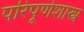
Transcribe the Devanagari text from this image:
परिपूर्णशास्त्र